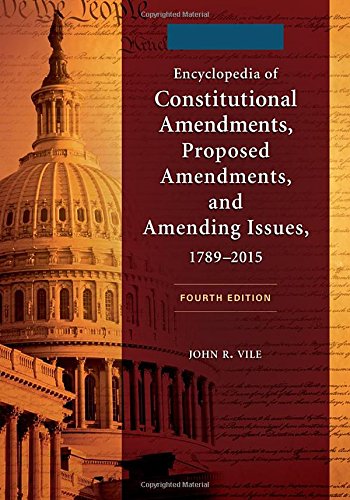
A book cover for Encyclopedia of Constitutional Amendments, Proposed Amendments, and Amending Issues, 1789-2015, 4th Edition [2 volumes]; John R. Vile; Reference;